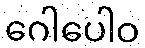
ဂေါပေါဝ